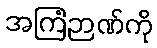
အကြံဉာဏ်ကို